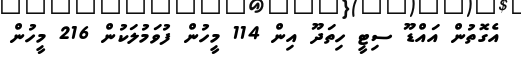
އެގޮތުން އައްޑޫ ސިޓީ ހިތަދޫ އިން 114 މީހުން ފުވަމުލަކުން 216 މީހުން